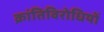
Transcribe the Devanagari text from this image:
क्रांतिविरोधियों